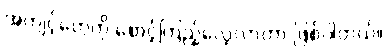
အကျင့်တွေကို စောင့်ကြည့်လေ့လာတာ ဖြစ်ပါတယ်။